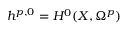
h ^ { p , 0 } = H ^ { 0 } ( X , \Omega ^ { p } )